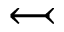
\leftarrowtail